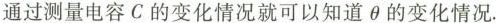
通过测量电容C的变化情况就可以知道\theta的变化情况.